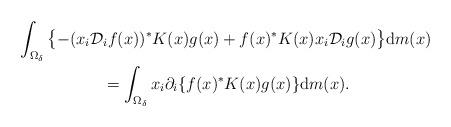
LaTeX: \begin{gather*}\int_{\Omega_{\delta}}\big\{ {-}( x_{i}\mathcal{D}_{i}f(x)) ^{\ast}K(x) g(x) +f(x) ^{\ast}K(x) x_{i}\mathcal{D}_{i}g(x)\big\} \mathrm{d}m(x) \\{} =\int_{\Omega_{\delta}}x_{i}\partial_{i}\{ f(x) ^{\ast}K(x) g(x)\} \mathrm{d}m(x).\end{gather*}